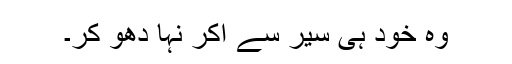
وہ خود ہی سیر سے آکر نہا دھو کر۔